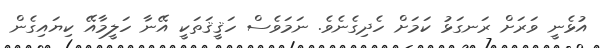
އުޅެނީ ވަރަށް ރަނގަޅު ކަމަށް ހެދިގެނެވެ. ނަމަވެސް ހަޤީޤަތަކީ އޭނާ ހަލީމާއޭ ކިޔައިގެން